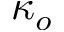
\kappa _ { o }